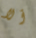
ألا